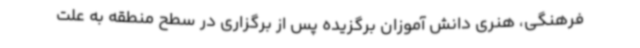
فرهنگی، هنری دانش آموزان برگزیده پس از برگزاری در سطح منطقه به علت